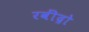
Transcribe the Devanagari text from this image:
रवींद्रो